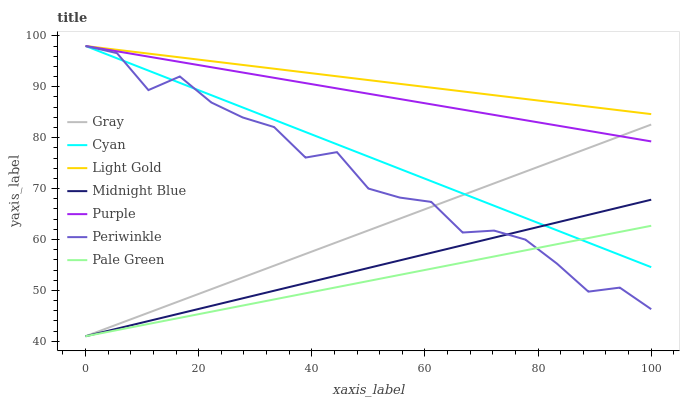
| xaxis_label | Gray | Cyan | Light Gold | Midnight Blue | Purple | Periwinkle | Pale Green |
 | --- | --- | --- | --- | --- | --- | --- | --- |
 | 0 | 41 | 98 | 98 | 41 | 98 | 98 | 41 |
 | 5.56 | 43.3 | 95.6 | 97.3 | 42.5 | 97 | 96.6 | 42.2 |
 | 11.1 | 45.6 | 93.2 | 96.5 | 44 | 95.9 | 89.3 | 43.4 |
 | 16.7 | 47.9 | 90.8 | 95.8 | 45.5 | 94.9 | 92 | 44.6 |
 | 22.2 | 50.2 | 88.3 | 95 | 47 | 93.8 | 86.9 | 45.8 |
 | 27.8 | 52.5 | 85.9 | 94.3 | 48.4 | 92.8 | 84 | 47 |
 | 33.3 | 54.9 | 83.5 | 93.5 | 49.9 | 91.8 | 82.1 | 48.2 |
 | 38.9 | 57.2 | 81.1 | 92.8 | 51.4 | 90.7 | 76.1 | 49.4 |
 | 44.4 | 59.5 | 78.7 | 92.1 | 52.9 | 89.7 | 77.2 | 50.6 |
 | 50 | 61.8 | 76.3 | 91.3 | 54.4 | 88.6 | 70 | 51.8 |
 | 55.6 | 64.1 | 73.9 | 90.6 | 55.9 | 87.6 | 68.2 | 53.1 |
 | 61.1 | 66.4 | 71.5 | 89.8 | 57.4 | 86.6 | 67.4 | 54.3 |
 | 66.7 | 68.7 | 69 | 89.1 | 58.9 | 85.5 | 61.4 | 55.5 |
 | 72.2 | 71 | 66.6 | 88.3 | 60.4 | 84.5 | 61.8 | 56.7 |
 | 77.8 | 73.3 | 64.2 | 87.6 | 61.9 | 83.4 | 60 | 57.9 |
 | 83.3 | 75.6 | 61.8 | 86.9 | 63.3 | 82.4 | 55.3 | 59.1 |
 | 88.9 | 78 | 59.4 | 86.1 | 64.8 | 81.3 | 49.8 | 60.3 |
 | 94.4 | 80.3 | 57 | 85.4 | 66.3 | 80.3 | 50.6 | 61.5 |
 | 100 | 82.6 | 54.6 | 84.6 | 67.8 | 79.3 | 46.3 | 62.7 |